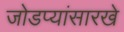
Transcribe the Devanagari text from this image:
जोडप्यांसारखे